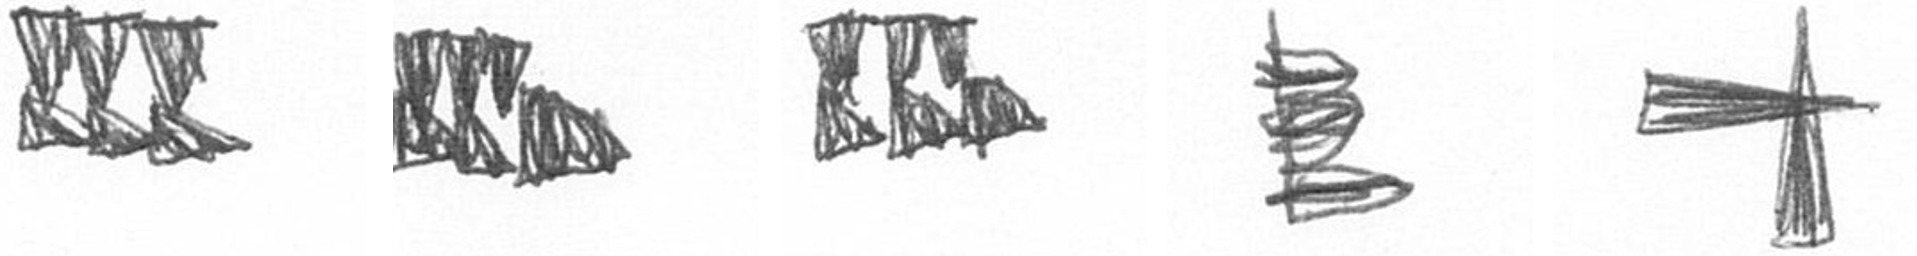
D D D H G